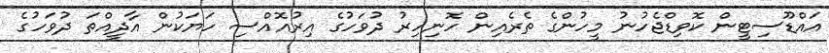
އައްޑޫސިޓީން ކޮވިޑްޖެހުނު މީހުންގެ ތެރެއިން ހޮނިހިރު ދުވަހުގެ އިރުއޮއްސި ހަޔަކުން އާދީއްތަ ދުވަހުގެ